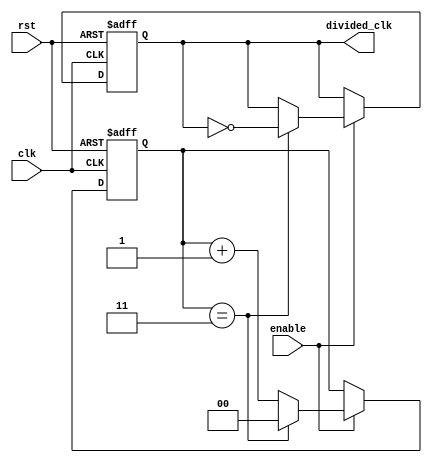
module frequency_divider_counter #(
    parameter DIV_FACTOR = 4  // Set the division factor (can be changed)
)(
    input wire clk,            // Input clock signal
    input wire rst,            // Reset signal
    input wire enable,         // Enable signal
    output reg divided_clk      // Divided clock output
);

    // Counter register
    reg [$clog2(DIV_FACTOR)-1:0] counter;

    // Always block for counting
    always @(posedge clk or posedge rst) begin
        if (rst) begin
            counter <= 0;        // Reset the counter
            divided_clk <= 0;    // Reset divided clock output
        end else if (enable) begin
            if (counter == DIV_FACTOR - 1) begin
                counter <= 0;    // Reset counter
                divided_clk <= ~divided_clk; // Toggle divided clock
            end else begin
                counter <= counter + 1; // Increment counter
            end
        end
    end

endmodule